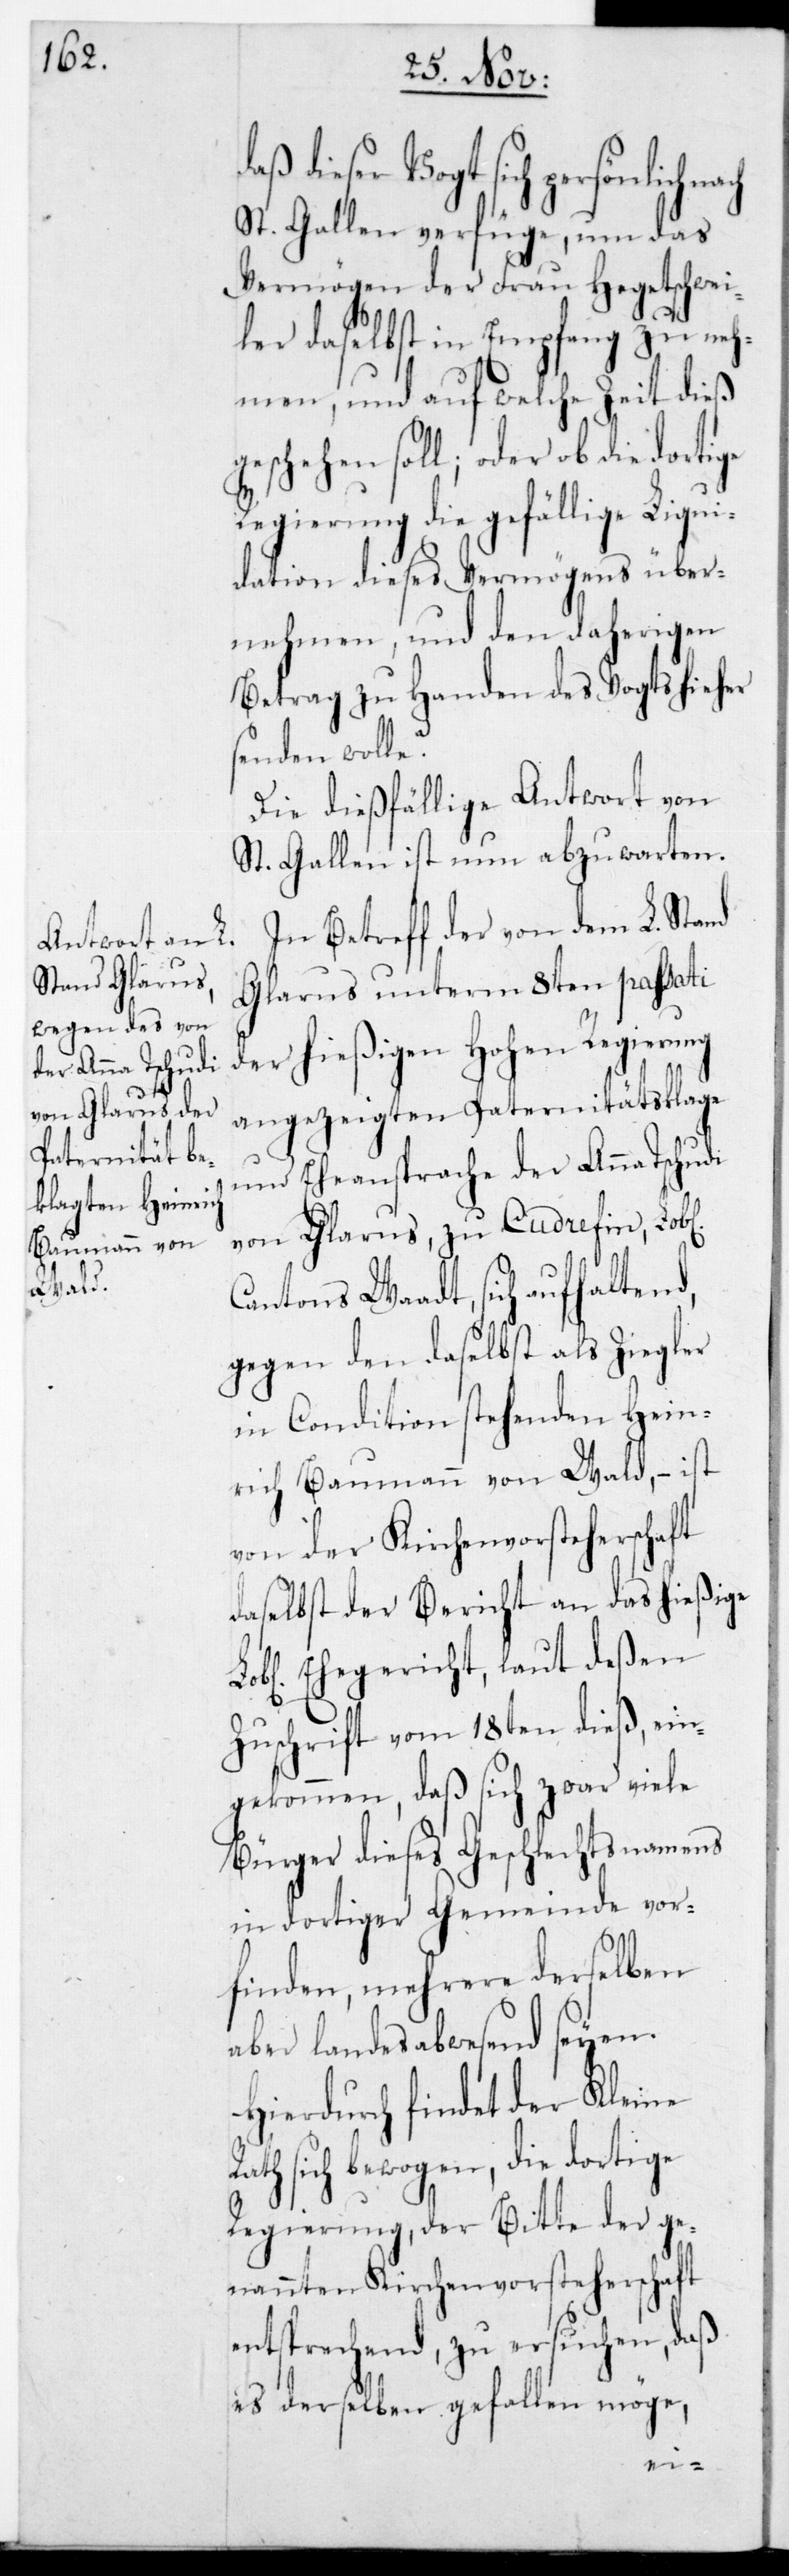
dieser Vogt sich persönlich
St. Gallen verfüge, um das
Vermögen der Frau Hegetschwei¬
ler daselbst in Empfang zu neh¬
men, und auf welche Zeit dieß
geschehen soll; oder ob die dortige
Regierung die gefällige Liqui¬
dation dieses Vermögens über¬
nommen, und den daherigen
Betrag zu Handen des Vogts hieher
senden wolle?
Die dießfällige Antwort von
St. Gallen ist nun abzuwarten.
In Betreff der von dem L. Stand
Glarus unterm 8ten passati
der hießigen Hohen Regierung
angezeigten Paternitätsklage
und Eheansprache der Anna Tschudi
von Glarus, zu Cudrefin, Lobl.
Cantons Waadt, sich aufhaltend,
gegen den daselbst als Ziegler
in Condition stehenden Hein¬
rich Baumann von Wald, – ist
von der Kirchenvorsteherschaft
daselbst der Bericht an das hießige
L. Ehegericht, laut deßen
Zuschrift vom 18ten dieß, ein¬
gekommen, dass sich zwar viele
Bürger dieses Geschlechtsnamens
in dortiger Gemeinde vor¬
finden, mehrere derselben
aber landesabwesend seyen.
Hierdurch findet der Kleine
Rath sich bewogen, die dortige
Regierung, der Bitte der ge¬
nannten Kirchenvorsteherschaft
entsprechend zu ersuchen, daß
es derselben gefallen möge,